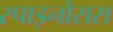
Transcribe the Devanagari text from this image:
स्पाइनोसस